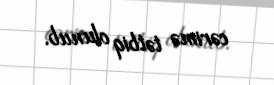
cərimə tətbiq olunub.